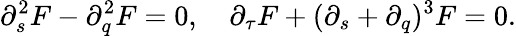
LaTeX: \partial_{s}^{2}F-\partial_{q}^{2}F=0,~~~~\partial_{\tau}F+(\partial_{s}+\partial_{q})^{3}F=0.